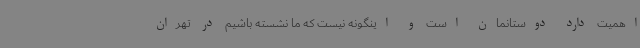
اهمیت دارد دوستانمان است و اینگونه نیست که ما نشسته باشیم در تهران